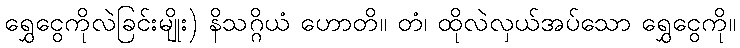
ရွှေငွေကိုလဲခြင်းမျိုး) နိသဂ္ဂိယံ ဟောတိ။ တံ၊ ထိုလဲလှယ်အပ်သော ရွှေငွေကို။